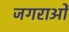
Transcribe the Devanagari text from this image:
जगराओं